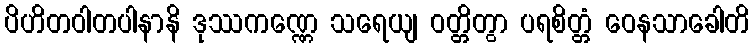
ပိဟိတဝါတပါနာနိ ဒုဿကဏ္ဏေ သရေယျ ဝတ္တိတွာ ပရစိတ္တံ ဝေနသာခေါတိ